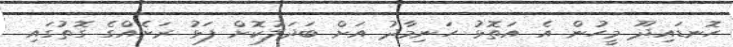
ހޮނޑައިދޫ މީހުން އެ އަތޮޅު ހަނިމާދު އަށް ބަދަލުކޮށް ފަޅު ރަށެއްގެ ގޮތުގައި